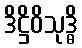
ဒိဋ္ဌိဝိသုဒ္ဓိ